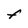
Character: F